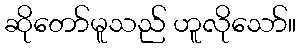
ဆိုတော်မူသည် ဟူလိုသော်။